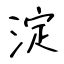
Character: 淀